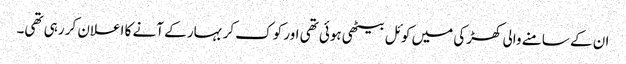
ان کے سامنے والی کھڑکی میں کوئل بیٹھی ہوئی تھی اور کوک کر بہار کے آنے کا اعلان کر رہی تھی۔